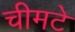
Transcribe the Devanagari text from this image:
चीमटे